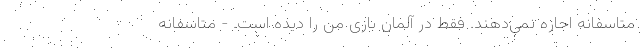
متاسفانه اجازه نمی‌دهند. فقط در آلمان بازی من را دیده است. - متاسفانه